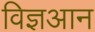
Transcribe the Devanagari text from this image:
विज्ञआन